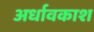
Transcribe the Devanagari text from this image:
अर्धावकाश